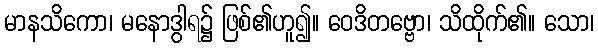
မာနသိကော၊ မနောဒွါရ၌ ဖြစ်၏ဟူ၍။ ဝေဒိတဗ္ဗော၊ သိထိုက်၏။ သော၊